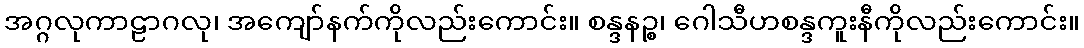
အဂ္ဂလုကာဠာဂလု၊ အကျော်နက်ကိုလည်းကောင်း။ စန္ဒနဉ္စ၊ ဂေါသီဟစန္ဒကူးနီကိုလည်းကောင်း။